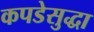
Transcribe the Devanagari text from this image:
कपडेसुद्धा